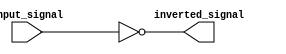
module inverter(
    input wire input_signal,
    output wire inverted_signal
);

assign inverted_signal = ~input_signal;

endmodule